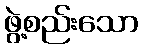
ဖွဲ့စည်းသော